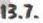
13.7.